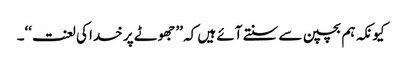
کیونکہ ہم بچپن سے سنتے آئے ہیں کہ ’’جھوٹے پر خدا کی لعنت‘‘۔